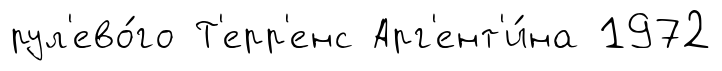
рул'ево́го Т'ерр'енс Арг'ент'и́на 1972